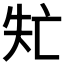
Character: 𠅐